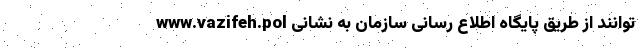
توانند از طریق پایگاه اطلاع رسانی سازمان به نشانی www.vazifeh.pol